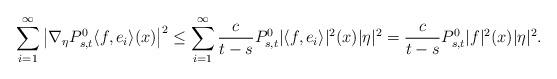
LaTeX: \begin{align*}\sum_{i=1}^{\infty}\left|\nabla_{\eta} P_{s,t}^{0}\langle f, e_{i}\rangle(x)\right|^{2}\leq\sum_{i=1}^{\infty}\frac{c}{t-s}P_{s,t}^{0}|\langle f, e_{i}\rangle|^{2}(x)|\eta|^2=\frac{c}{t-s}P_{s,t}^{0} |f|^{2}(x)|\eta|^2.\end{align*}